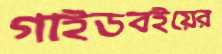
গাইডবইয়ের